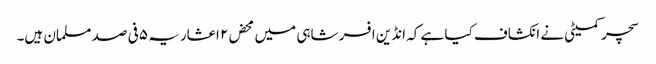
سچر کمیٹی نے انکشاف کیا ہے کہ انڈین افسر شاہی میں محض۲ اعشاریہ ۵ فی صد مسلمان ہیں۔